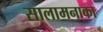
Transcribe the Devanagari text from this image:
सालामनाका